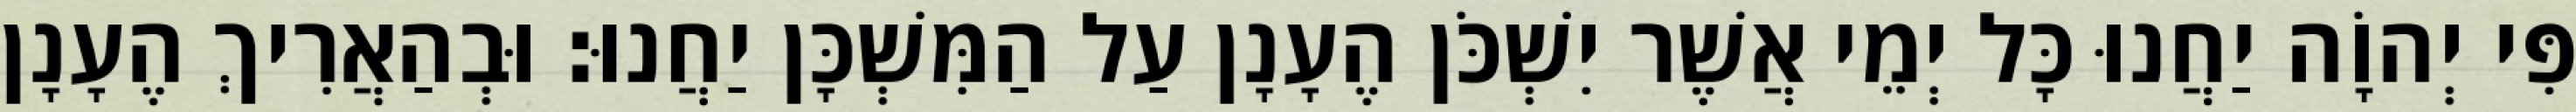
פִּי יְהוָֹה יַחֲנוּ כָּל יְמֵי אֲשֶׁר יִשְׁכֹּן הֶעָנָן עַל הַמִּשְׁכָּן יַחֲנוּ׃ וּבְהַאֲרִיךְ הֶעָנָן